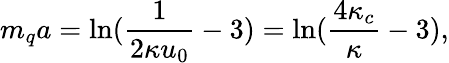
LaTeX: m_{q}a=\ln(\frac{1}{2\kappa u_{0}}-3)=\ln(\frac{4\kappa_{c}}{\kappa}-3),